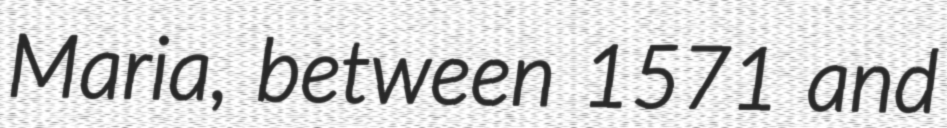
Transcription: Maria, between 1571 and